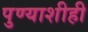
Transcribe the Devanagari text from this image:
पुण्याशीही